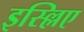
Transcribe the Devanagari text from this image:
इस्ल्लिए